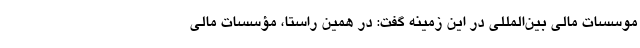
موسسات مالی بین‌المللی در این زمینه گفت: در همین راستا، مؤسسات مالی